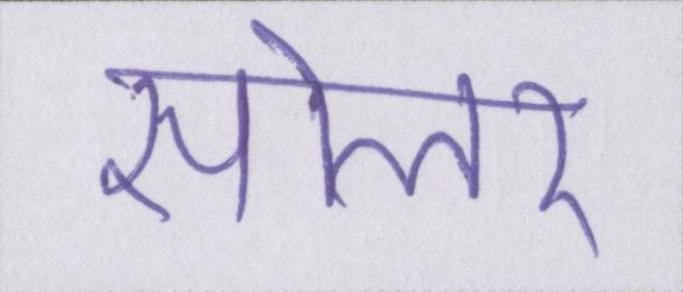
सोलर